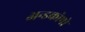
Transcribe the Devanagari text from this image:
अन्डकोषो